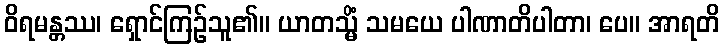
ဝိရမန္တဿ၊ ရှောင်ကြဉ်သူ၏။ ယာတသ္မိံ သမယေ ပါဏာတိပါတာ၊ ပေ။ အာရတိ